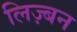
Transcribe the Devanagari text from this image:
लिज़्बन